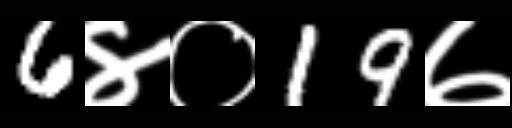
Text: 6४०19७